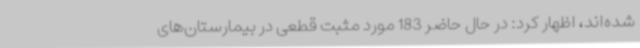
شده‌اند، اظهار کرد: در حال حاضر 183 مورد مثبت قطعی در بیمارستان‌های